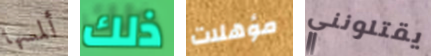
ألمسها ذلك مؤهلات يقتلونني